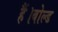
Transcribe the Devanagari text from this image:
हैं।बोल्ड